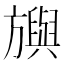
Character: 𣄣